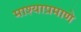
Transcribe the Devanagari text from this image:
माश्याप्रमाणे